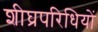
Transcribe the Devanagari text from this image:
शीघ्रपरिधियों